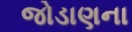
જોડાણના